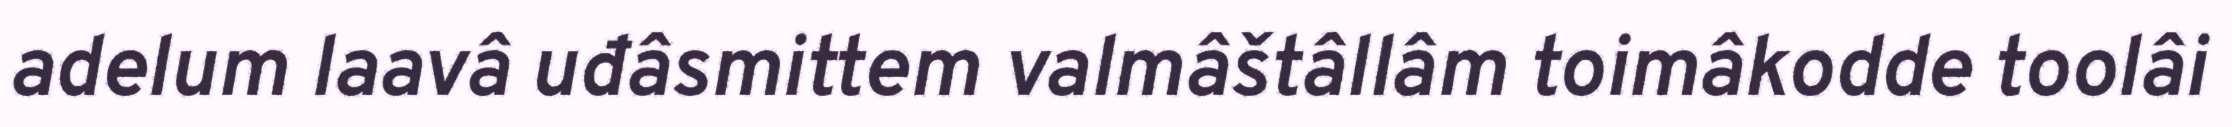
adelum laavâ uđâsmittem valmâštâllâm toimâkodde toolâi